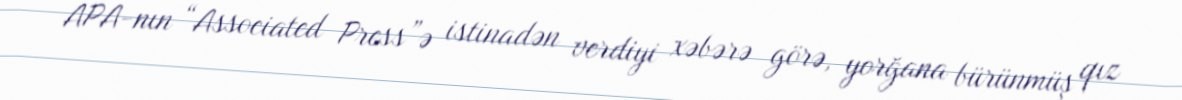
APA-nın “Associated Press”ə istinadən verdiyi xəbərə görə, yorğana bürünmüş qız